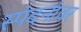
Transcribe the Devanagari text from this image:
स्पंदनांवर